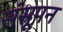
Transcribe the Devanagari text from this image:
संस्रूपन